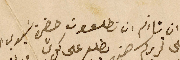
صح وان شاءتم ان تطلعون حضرة سَيدي الوالد